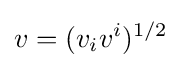
v=(v_{i}v^{i})^{1/2}